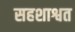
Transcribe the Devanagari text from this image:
सहशाश्वत